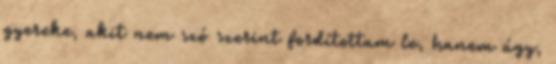
gyereke, akit nem szó szerint fordítottam le, hanem úgy,